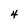
Character: 4